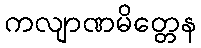
ကလျာဏမိတ္တေန